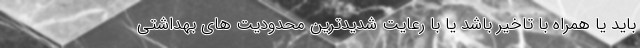
باید یا همراه با تاخیر باشد یا با رعایت شدیدترین محدودیت های بهداشتی